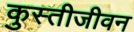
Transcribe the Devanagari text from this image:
कुस्तीजीवन